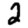
Digit: 2